Trukikaitis_Postimees, lk 145
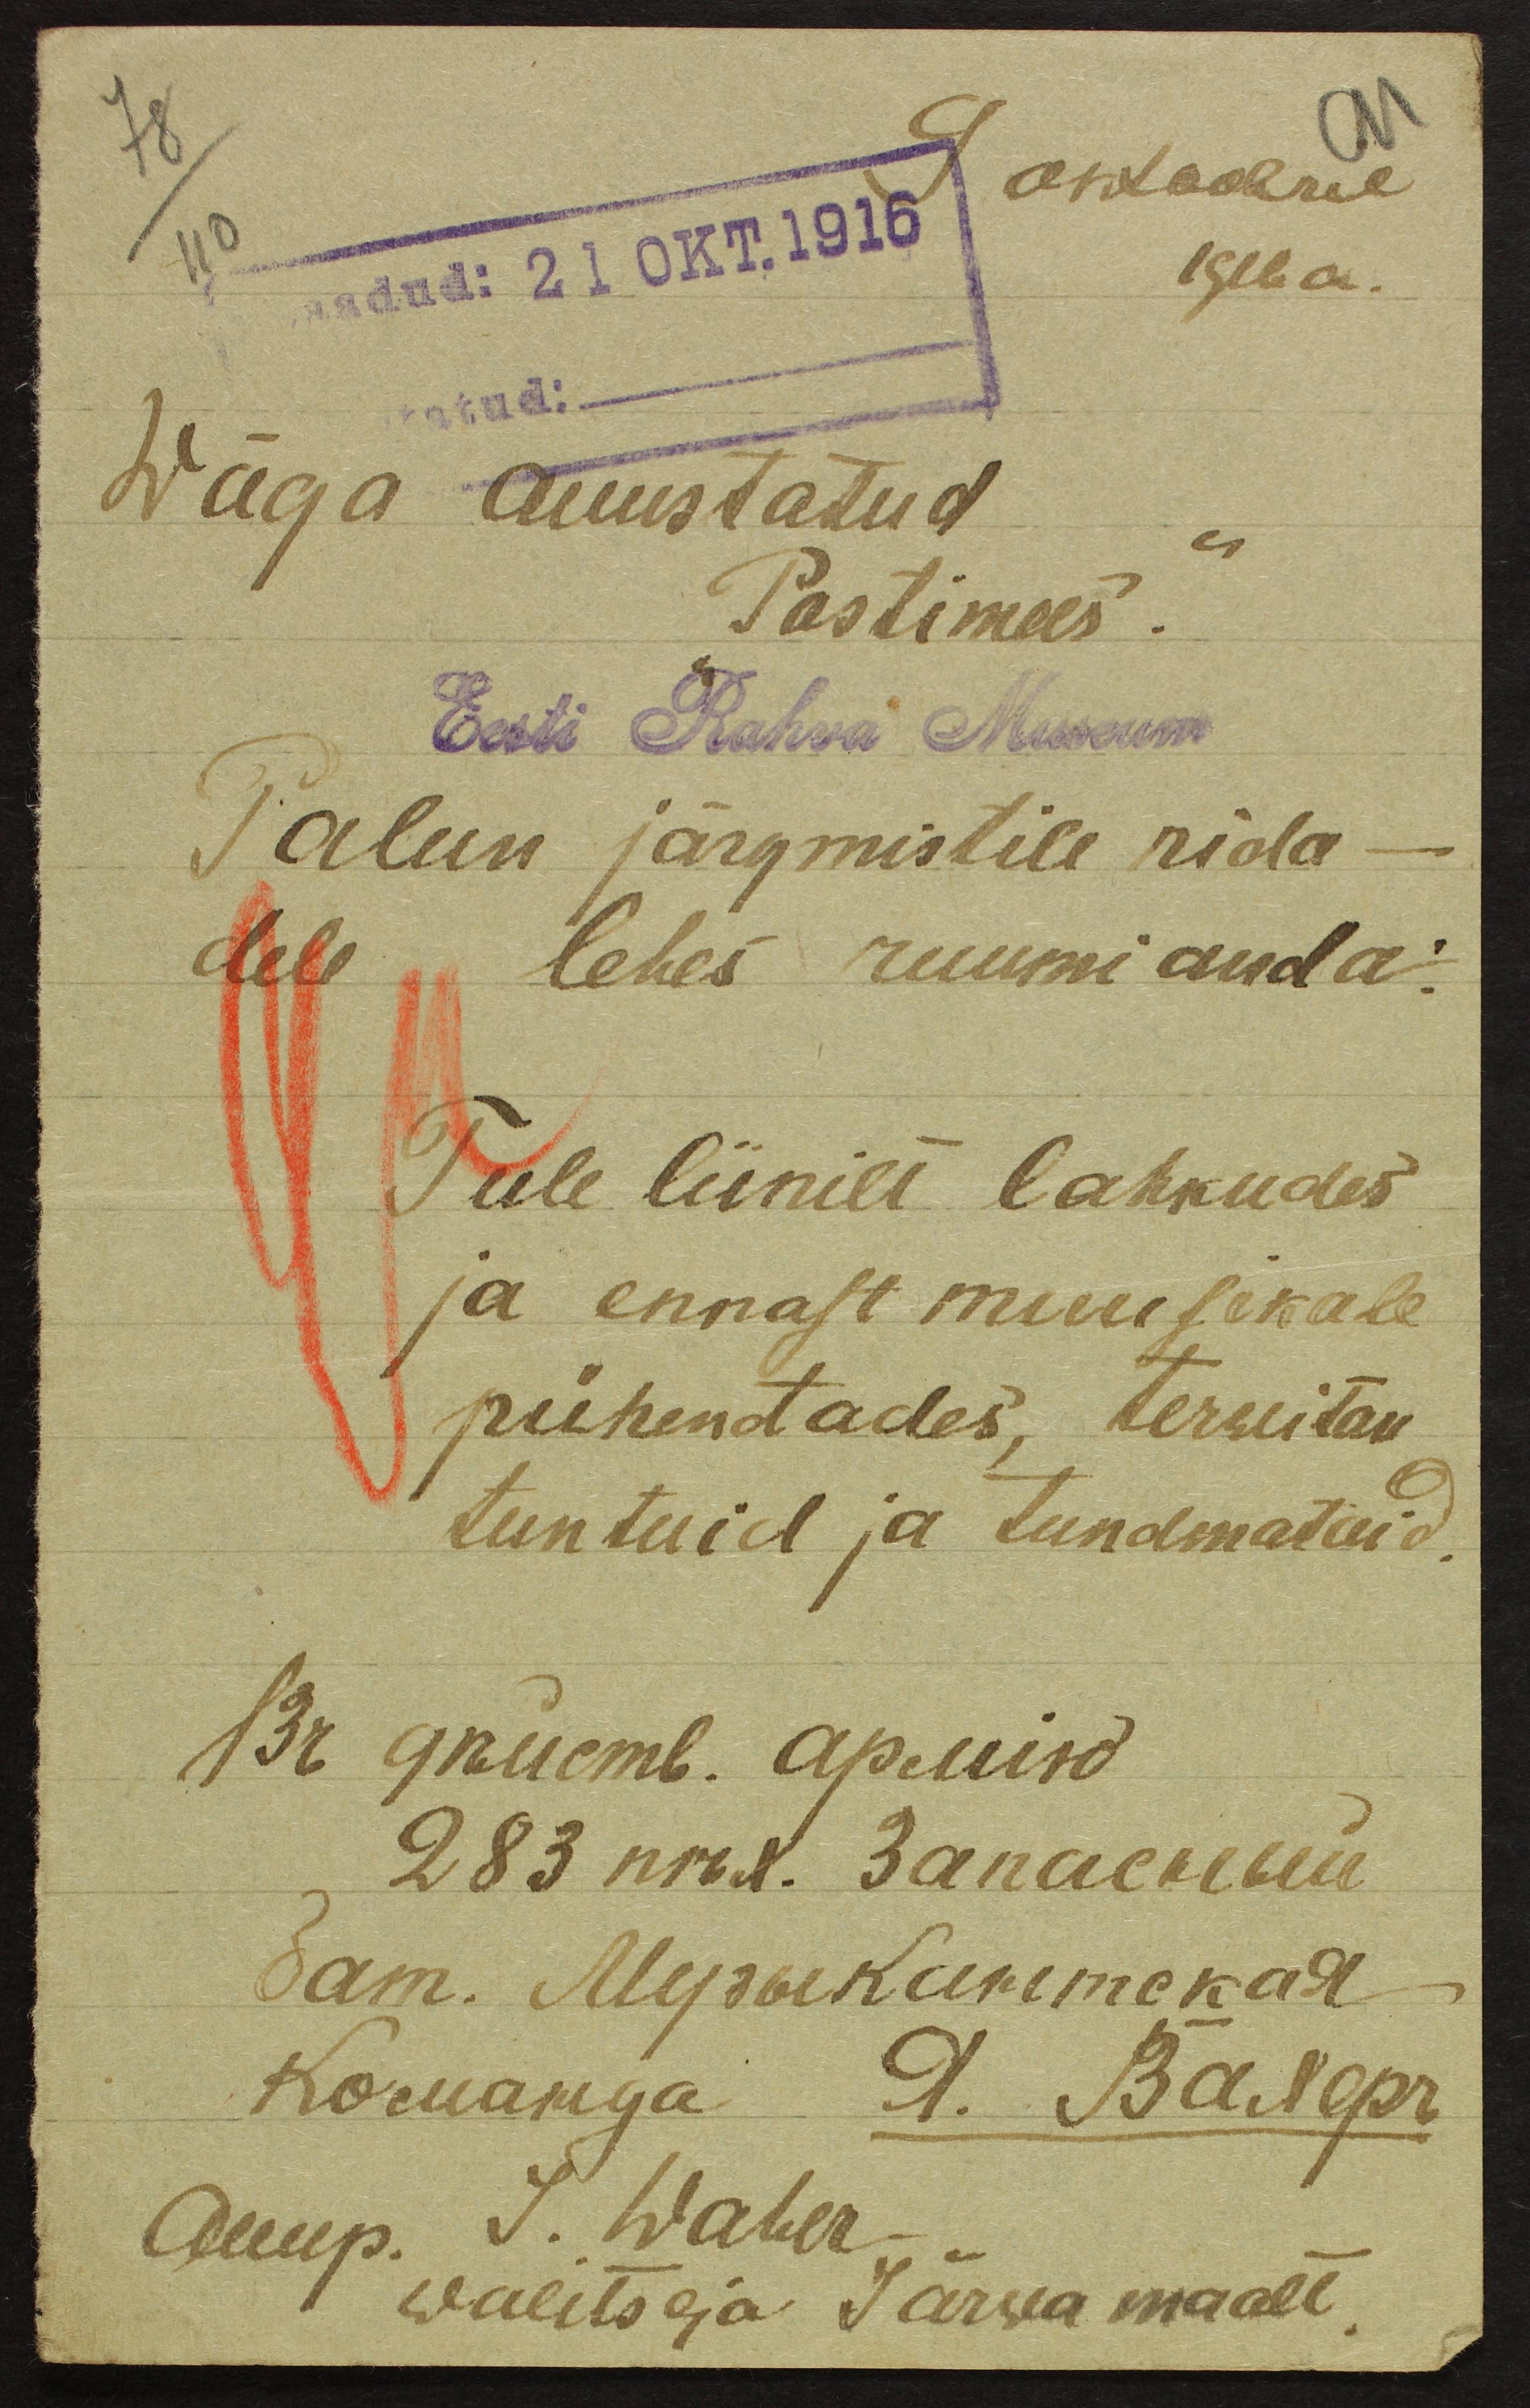
78
9 oktoobril
110
aadud: 21 OKT.1916
1916 a.
Wäga auustatud
Postimees.
Eest Rahva Museum
Palun järgmistile rida-
dele lehes ruumi anda:
Tule liinilt lahkudes
ja ennast muusikale
pühendades, terwitan
tuntuid ja tundmatuid.
Auup. J. Waher
walitseja Järwa maalt.